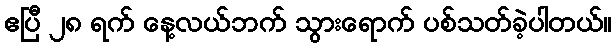
ဧပြီ ၂၈ ရက် နေ့လယ်ဘက် သွားရောက် ပစ်သတ်ခဲ့ပါတယ်။